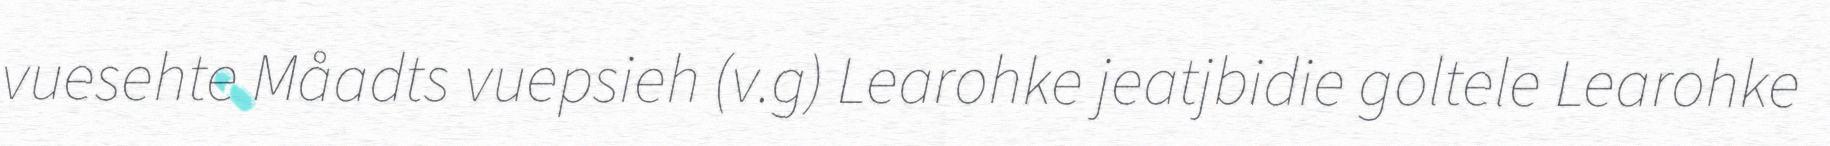
vuesehte Måadts vuepsieh (v.g) Learohke jeatjbidie goltele Learohke